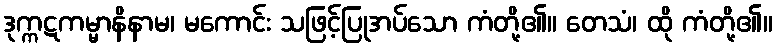
ဒုက္ကဋကမ္မာနိနာမ၊ မကောင်း သဖြင့်ပြုအပ်သော ကံတို့၏။ တေသံ၊ ထို ကံတို့၏။